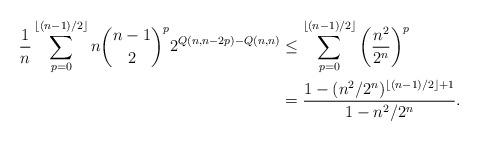
LaTeX: \begin{align*}\frac{1}{n} \sum_{p=0}^{\lfloor (n-1)/2 \rfloor} n \binom{n-1}{2}^p 2^{Q(n,n-2p)-Q(n,n)}&\le \sum_{p=0}^{\lfloor (n-1)/2 \rfloor} \bigg(\frac{n^2}{2^n}\bigg)^p \\&= \frac{1 - (n^2/2^n)^{\lfloor (n-1)/2 \rfloor +1}}{1 - n^2/2^n}.\end{align*}